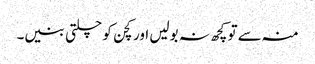
منہ سے تو کچھ نہ بولیں اور کچن کو چلتی بنیں۔